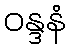
ဝန္ဒနံ